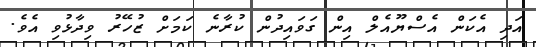
އަދި އެކަން އެސްޔޫއެލް އިން ގަވައިދުން ކުރާނެ ކަމަށް ޒުހޭރު ވިދާޅުވި އެވެ.